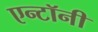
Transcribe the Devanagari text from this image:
एन्टॉनी